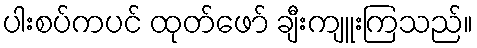
ပါးစပ်ကပင် ထုတ်ဖော် ချီးကျူးကြသည်။